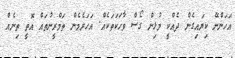
އަހަންނޭ ކިޔައިގެން ދެއްކީ މުޅިން ގޯސް ވާހަކަތަކެއް. އަހަރެމެން ތަމްރީނުތައް އޮތީ ތިނެއް